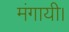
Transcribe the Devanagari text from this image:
मंगायी।